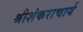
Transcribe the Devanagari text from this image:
श्रीशंकराचार्य